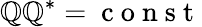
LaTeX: \mathbb{Q}\mathbb{Q}^{*}=\mathrm{{~c~o~n~s~t~}}